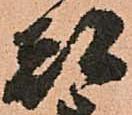
都